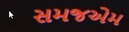
સમજએમ